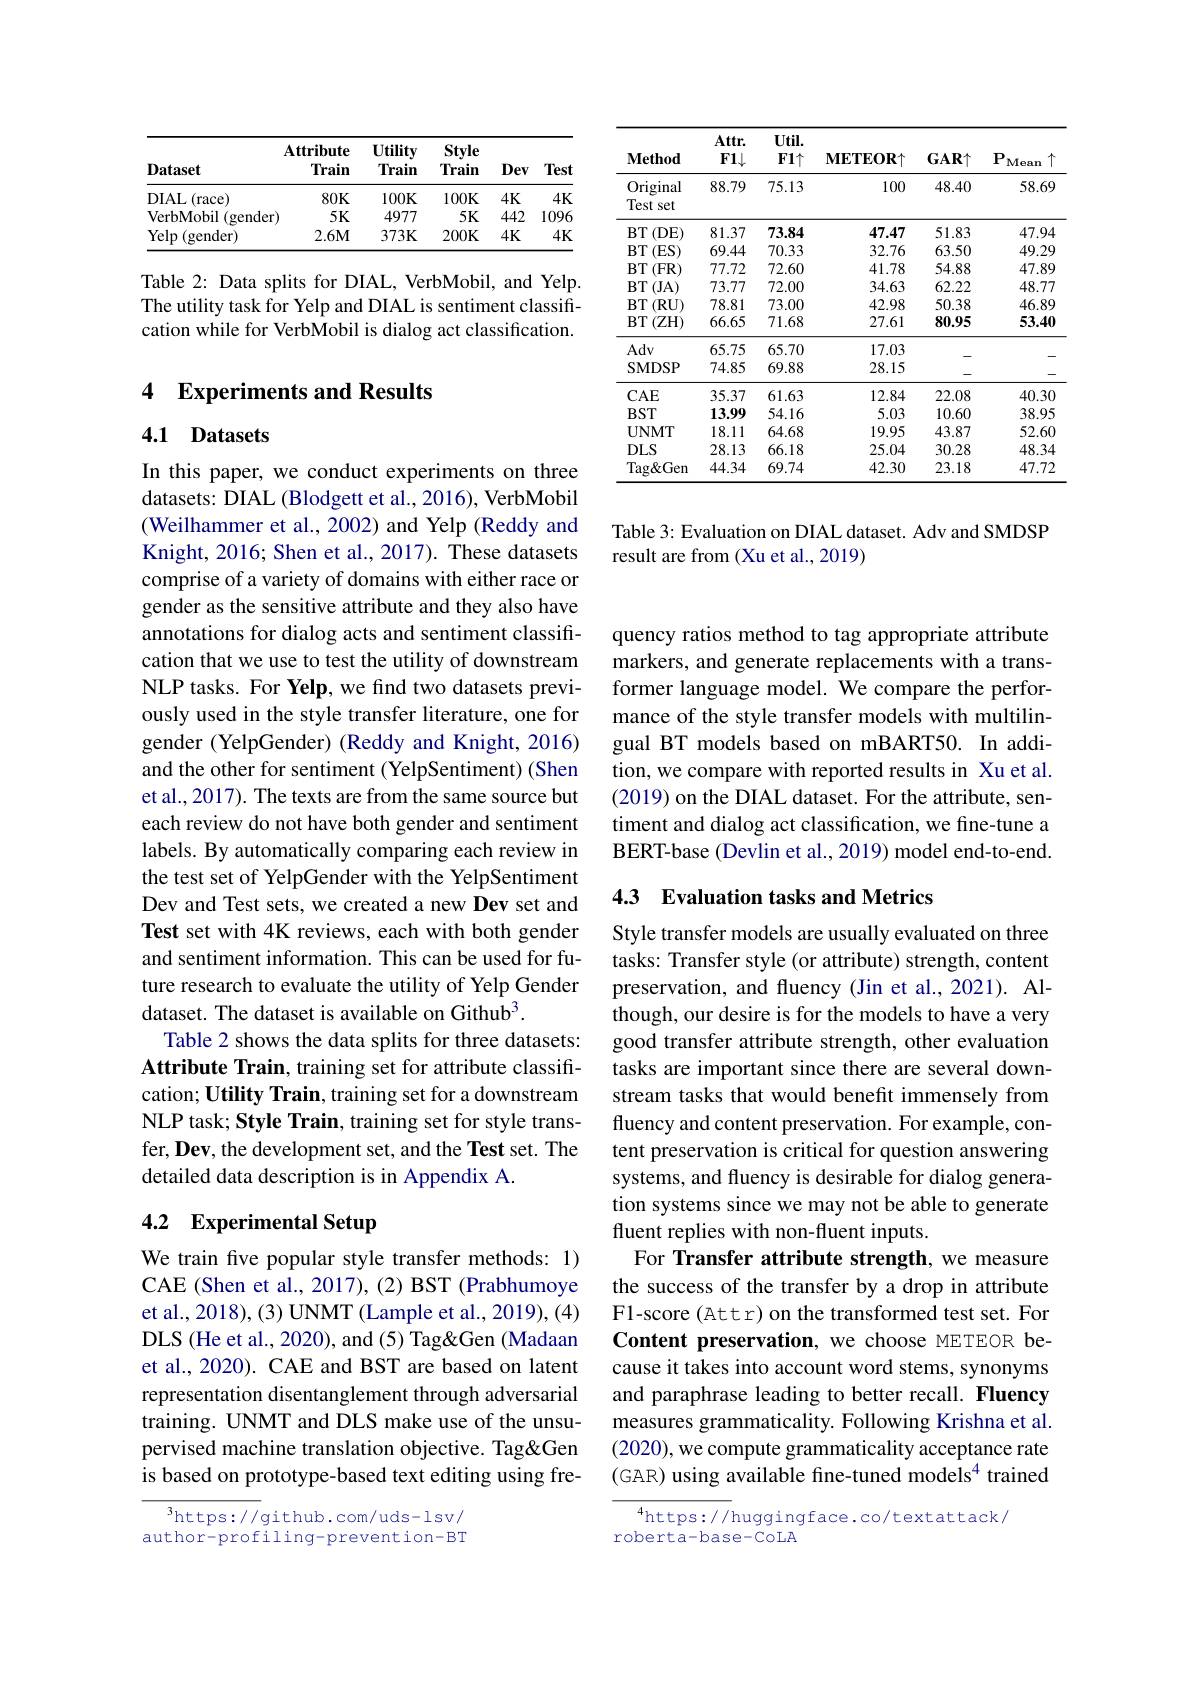
<table>
	<tbody>
		<tr>
			<th>$\mathbf{Method}$</th>
			<th>$Attr.$ $F1\downarrow$</th>
			<th>$Util.$ $F1\uparrow$</th>
			<th>$\mathbf{METEOR}\uparrow$</th>
			<th>$GAR\uparrow$</th>
			<th>$P$ $\uparrow$ $\mathbf{Mean}$</th>
		</tr>
		<tr>
			<td>Original Test set</td>
			<td>88.79</td>
			<td>75.13</td>
			<td>100</td>
			<td>48.40</td>
			<td>58.69</td>
		</tr>
		<tr>
			<td>$BT$ $^{\prime}($DE)</td>
			<td>81.37</td>
			<td>73.84</td>
			<td>47.47</td>
			<td>51.83</td>
			<td>47.94</td>
		</tr>
		<tr>
			<td>$BT$ (ES)</td>
			<td>69.44</td>
			<td>70.33</td>
			<td>32.76</td>
			<td>63.50</td>
			<td>49.29</td>
		</tr>
		<tr>
			<td>$BT$ $^{\cdot }($FR T 1 1</td>
			<td>77.72</td>
			<td>72.60</td>
			<td>41.78</td>
			<td>54.88</td>
			<td>47.89</td>
		</tr>
		<tr>
			<td>BT$\left ( \mathrm{JA}\right )$</td>
			<td>73.77</td>
			<td>72.00</td>
			<td>34.63</td>
			<td>62.22</td>
			<td>48.77</td>
		</tr>
		<tr>
			<td>$BT$ $^{\prime }($RU) (1)</td>
			<td>78.81</td>
			<td>73.00</td>
			<td>42.98</td>
			<td>50.38</td>
			<td>46.89</td>
		</tr>
		<tr>
			<td>$\operatorname{BT}\left(\mathrm{ZH}\right)$</td>
			<td>66.65</td>
			<td>71.68</td>
			<td>27.61</td>
			<td>80.95</td>
			<td>53.40</td>
		</tr>
		<tr>
			<td>Adv</td>
			<td>65.75</td>
			<td>65.70</td>
			<td>17.03</td>
			<td> </td>
			<td> </td>
		</tr>
		<tr>
			<td>SMDSP</td>
			<td>74.85</td>
			<td>69.88</td>
			<td>28.15</td>
			<td> </td>
			<td> </td>
		</tr>
		<tr>
			<td>$CAE$</td>
			<td>35.37</td>
			<td>61.63</td>
			<td>12.84</td>
			<td>22.08</td>
			<td>40.30</td>
		</tr>
		<tr>
			<td>$BST$</td>
			<td>13.99</td>
			<td>54.16</td>
			<td>5.03</td>
			<td>10.60</td>
			<td>38.95</td>
		</tr>
		<tr>
			<td>UNMT</td>
			<td>18.11</td>
			<td>64.68</td>
			<td>19.95</td>
			<td>43.87</td>
			<td>52.60</td>
		</tr>
		<tr>
			<td>$DLS$</td>
			<td>28.13</td>
			<td>66.18</td>
			<td>25.04</td>
			<td>30.28</td>
			<td>48.34</td>
		</tr>
		<tr>
			<td>$\operatorname{Tag Gen}$</td>
			<td>44.34</td>
			<td>69.74</td>
			<td>42.30</td>
			<td>23.18</td>
			<td>47.72</td>
		</tr>
	</tbody>
</table>

Table 3: Evaluation on DIAL dataset. Adv and SMDSP
result are from (Xu et al., 2019)

<table>
	<tbody>
		<tr>
			<th>$\mathbf{Dataset}$</th>
			<th>$\mathbf{Attribute}$ Train</th>
			<th>Utility Train</th>
			<th>Style Train</th>
			<th>Dev</th>
			<th>Test</th>
		</tr>
		<tr>
			<td>DIAL(race)</td>
			<td>$80K$</td>
			<td>$100K$</td>
			<td>$100K$</td>
			<td>$4K$</td>
			<td>$4K$</td>
		</tr>
		<tr>
			<td>VerbMobil $\operatorname{l}($gender)</td>
			<td>$5K$</td>
			<td>4977</td>
			<td>$5K$</td>
			<td>442</td>
			<td>1096</td>
		</tr>
		<tr>
			<td>$\operatorname{Yelp}($gender)</td>
			<td>$2.6M$</td>
			<td>$373K$</td>
			<td>$200K$</td>
			<td>$4K$</td>
			<td>$4K$</td>
		</tr>
	</tbody>
</table>

Table 2: Data splits for DIAL, VerbMobil, and Yelp. The utility task for Yelp and DIAL is sentiment classification while for VerbMobil is dialog act classification.

## 4 Experiments and Results

# 4.1 Datasets

In this paper, we conduct experiments on three datasets: DIAL (Blodgett et al., 2016), VerbMobil (Weilhammer et al., 2002) and Yelp (Reddy and Knight, 2016; Shen et al., 2017). These datasets comprise of a variety of domains with either race or gender as the sensitive attribute and they also have annotations for dialog acts and sentiment classification that we use to test the utility of downstream NLP tasks. For Yelp, we find two datasets previously used in the style transfer literature, one for gender (YelpGender) (Reddy and Knight, 2016) and the other for sentiment (YelpSentiment) (Shen et al., 2017). The texts are from the same source but each review do not have both gender and sentiment labels. By automatically comparing each review in the test set of YelpGender with the YelpSentiment Dev and Test sets, we created a new Dev set and Test set with 4K reviews, each with both gender and sentiment information. This can be used for future research to evaluate the utility of Yelp Gender dataset. The dataset is available on Github$^{3}.$
Table 2 shows the data splits for three datasets: Attribute Train, training set for attribute classification; Utility Train, training set for a downstream NLP task; Style Train, training set for style transfer, Dev, the development set, and the Test set. The detailed data description is in Appendix A.

## 4.2 Experimental Setup

We train five popular style transfer methods: 1) CAE (Shen et al., 2017), (2) BST (Prabhumoye et al., 2018), (3) UNMT (Lample et al., 2019), (4) DLS (He et al., 2020), and (5) Tag&Gen (Madaan et al., 2020). CAE and BST are based on latent representation disentanglement through adversarial training. UNMT and DLS make use of the unsupervised machine translation objective. Tag&Gen is based on prototype-based text editing using fre-

$^3$https://github.com/uds-lsv/ author-profiling-prevention-BT

quency ratios method to tag appropriate attribute markers, and generate replacements with a transformer language model. We compare the performance of the style transfer models with multilingual BT models based on mBART50. In addition, we compare with reported results in Xu et al. (2019) on the DIAL dataset. For the attribute, sentiment and dialog act classification, we fine-tune a BERT-base (Devlin et al., 2019) model end-to-end

### 4.3 Evaluation tasks and Metrics

Style transfer models are usually evaluated on three tasks: Transfer style (or attribute) strength, content preservation, and fluency (Jin et al., 2021). Although, our desire is for the models to have a very good transfer attribute strength, other evaluation tasks are important since there are several downstream tasks that would benefit immensely from fluency and content preservation. For example, content preservation is critical for question answering systems, and fluency is desirable for dialog generation systems since we may not be able to generate fluent replies with non-fluent inputs.
For Transfer attribute strength, we measure the success of the transfer by a drop in attribute F1-score (Attr) on the transformed test set. For Content preservation, we choose METEOR because it takes into account word stems, synonyms and paraphrase leading to better recall. Fluency measures grammaticality. Following Krishna et al. (2020), we compute grammaticality acceptance rate (GAR) using available fine-tuned models$^{4}$ trained
$^{4}$https://huggingface.co/textattack/

roberta-base-CoLA